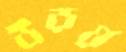
উড়য়